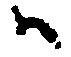
ハ